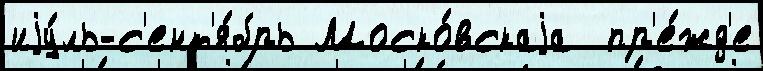
иjу́ль-с'ент'я́брь Моско́вскаjа  пр'е́жд'е